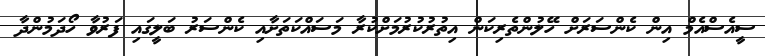
ސީއެސްއެމް އިން ކެންސަރަށް ހޭލުންތެރިކަން އިތުރުކުރުމަށްކުރާ މަސައްކަތަށާއި ކެންސަރު ބަލީގައި ފަރުވާ ހޯދަމުންދާ